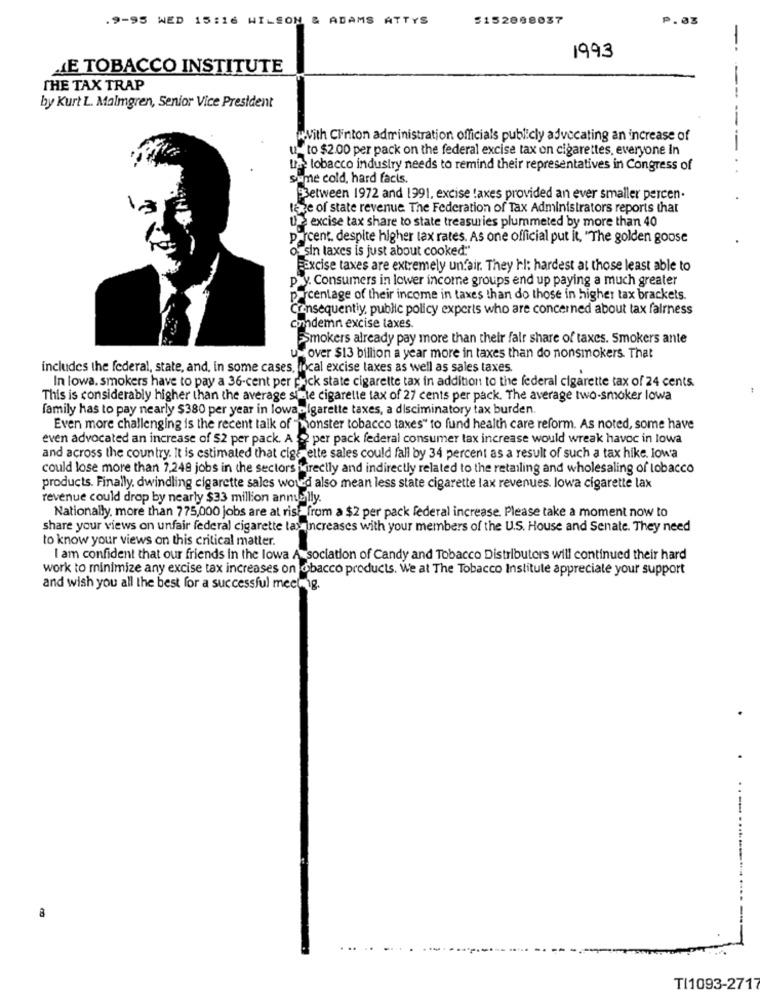
.9-95 WED 15:16 WILSON & ADAMS ATTYS
5152888037
P.03
-
1993
ME TOBACCO INSTITUTE
THE TAX TRAP
--
by Kurt L. Malmgren, Senior Vice President
--
with Clinton administration officials publicly advocating an increase of
u_ to $2.00 per pack on the federal excise tax on cigarettes, everyone In
-
La tobacco industry needs to remind their representatives in Congress of
sume cold, hard facts.
Between 1972 and 1991, excise !axes provided an ever smaller percen.
tage of state revenue The Federation of Tax Administrators reports that
U excise tax share to state treasuries plummeted by more than 40
p.rcent. despite higher tax rates. As one official put it, "The golden goose
o_sin taxes is just about cooked"
Excise taxes are extremely unfair. They hl: hardest at those least able to
p.y. Consumers in lower income groups end up paying a much greater
percentage of their income in taxes than do those in higher tax brackets.
Consequently, public policy experts who are concerned about tax fairness
Condemn excise taxes.
Smokers already pay more than their fair share of taxcs. Smokers ante
u over $13 billion a year more in taxes than do nonsmokers. That
includes the federal, state, and, in some cases, local excise taxes as well as sales taxes.
In lowa. smokers have to pay a 36-cent per pack state cigarette tax in addition to the federal cigarette tax of 24 cents.
This is considerably higher than the average simle cigarette tax of 27 cents per pack. The average two-smoker lowa
family has to pay nearly $380 per year in lowanigarette taxes, a disciminatory tax burden.
Even more challenging is the recent talk of "monster tobacco taxes" to fund health care reform. As noted, some have
even advocated an increase of $2 per pack. A ? per pack federal consumer lax increase would wreak havoc in lowa
and across the country. It is estimated that cigs elte sales could fall by 34 percent as a result of such a tax hike. Iowa
could lose more than 7.248 jobs in the sectors wirectly and indirectly related to the retailing and wholesaling of tobacco
products. Finally, dwindling cigarette sales woud also mean less state cigarette lax revenues. lowa cigarette lax
revenue could drop by nearly $33 million annually.
Nationally, more than 775,000 jobs are at ris from a $2 per pack federal increase. Please take a moment now to
share your views on unfair federal cigarette lay increases with your members of the U.S. House and Senate. They need
to know your views on this critical matter.
I am confident that our friends in the lowa Asociation of Candy and Tobacco Distributors will continued their hard
work to minimize any excise tax increases on tobacco products. We at The Tobacco Institute appreciate your support
and wish you all the best for a successful meetnig.
..-...
-
TI1093-2717